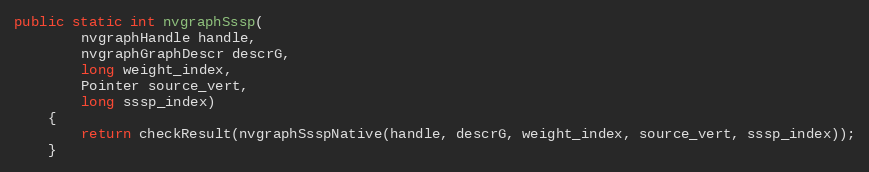
Language: Java
public static int nvgraphSssp(
        nvgraphHandle handle,
        nvgraphGraphDescr descrG,
        long weight_index,
        Pointer source_vert,
        long sssp_index)
    {
        return checkResult(nvgraphSsspNative(handle, descrG, weight_index, source_vert, sssp_index));
    }